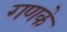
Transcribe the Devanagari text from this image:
गणके